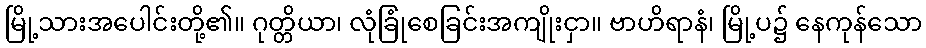
မြို့သားအပေါင်းတို့၏။ ဂုတ္တိယာ၊ လုံခြုံစေခြင်းအကျိုးငှာ။ ဗာဟိရာနံ၊ မြို့ပ၌ နေကုန်သော